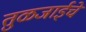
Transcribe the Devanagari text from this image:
तुळजाईचे